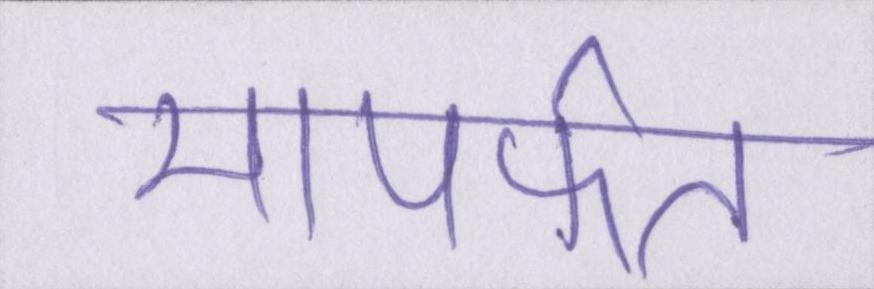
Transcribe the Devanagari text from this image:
मापर्फत